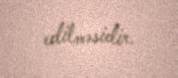
edilməsidir.